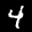
Label: 4